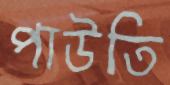
পাউতি